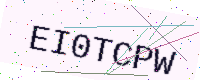
Text: EI0TCPW